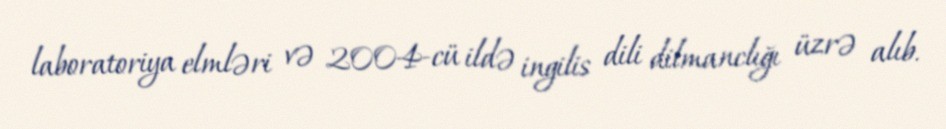
laboratoriya elmləri və 2004-cü ildə ingilis dili dilmanclığı üzrə alıb.